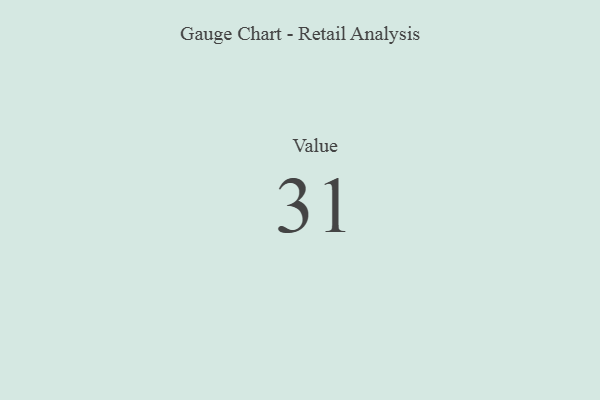
{"axis": {"x": "Metric", "y": "Value"}, "legend": [""], "data": [{"x": "Value", "y": 31, "type": ""}]}